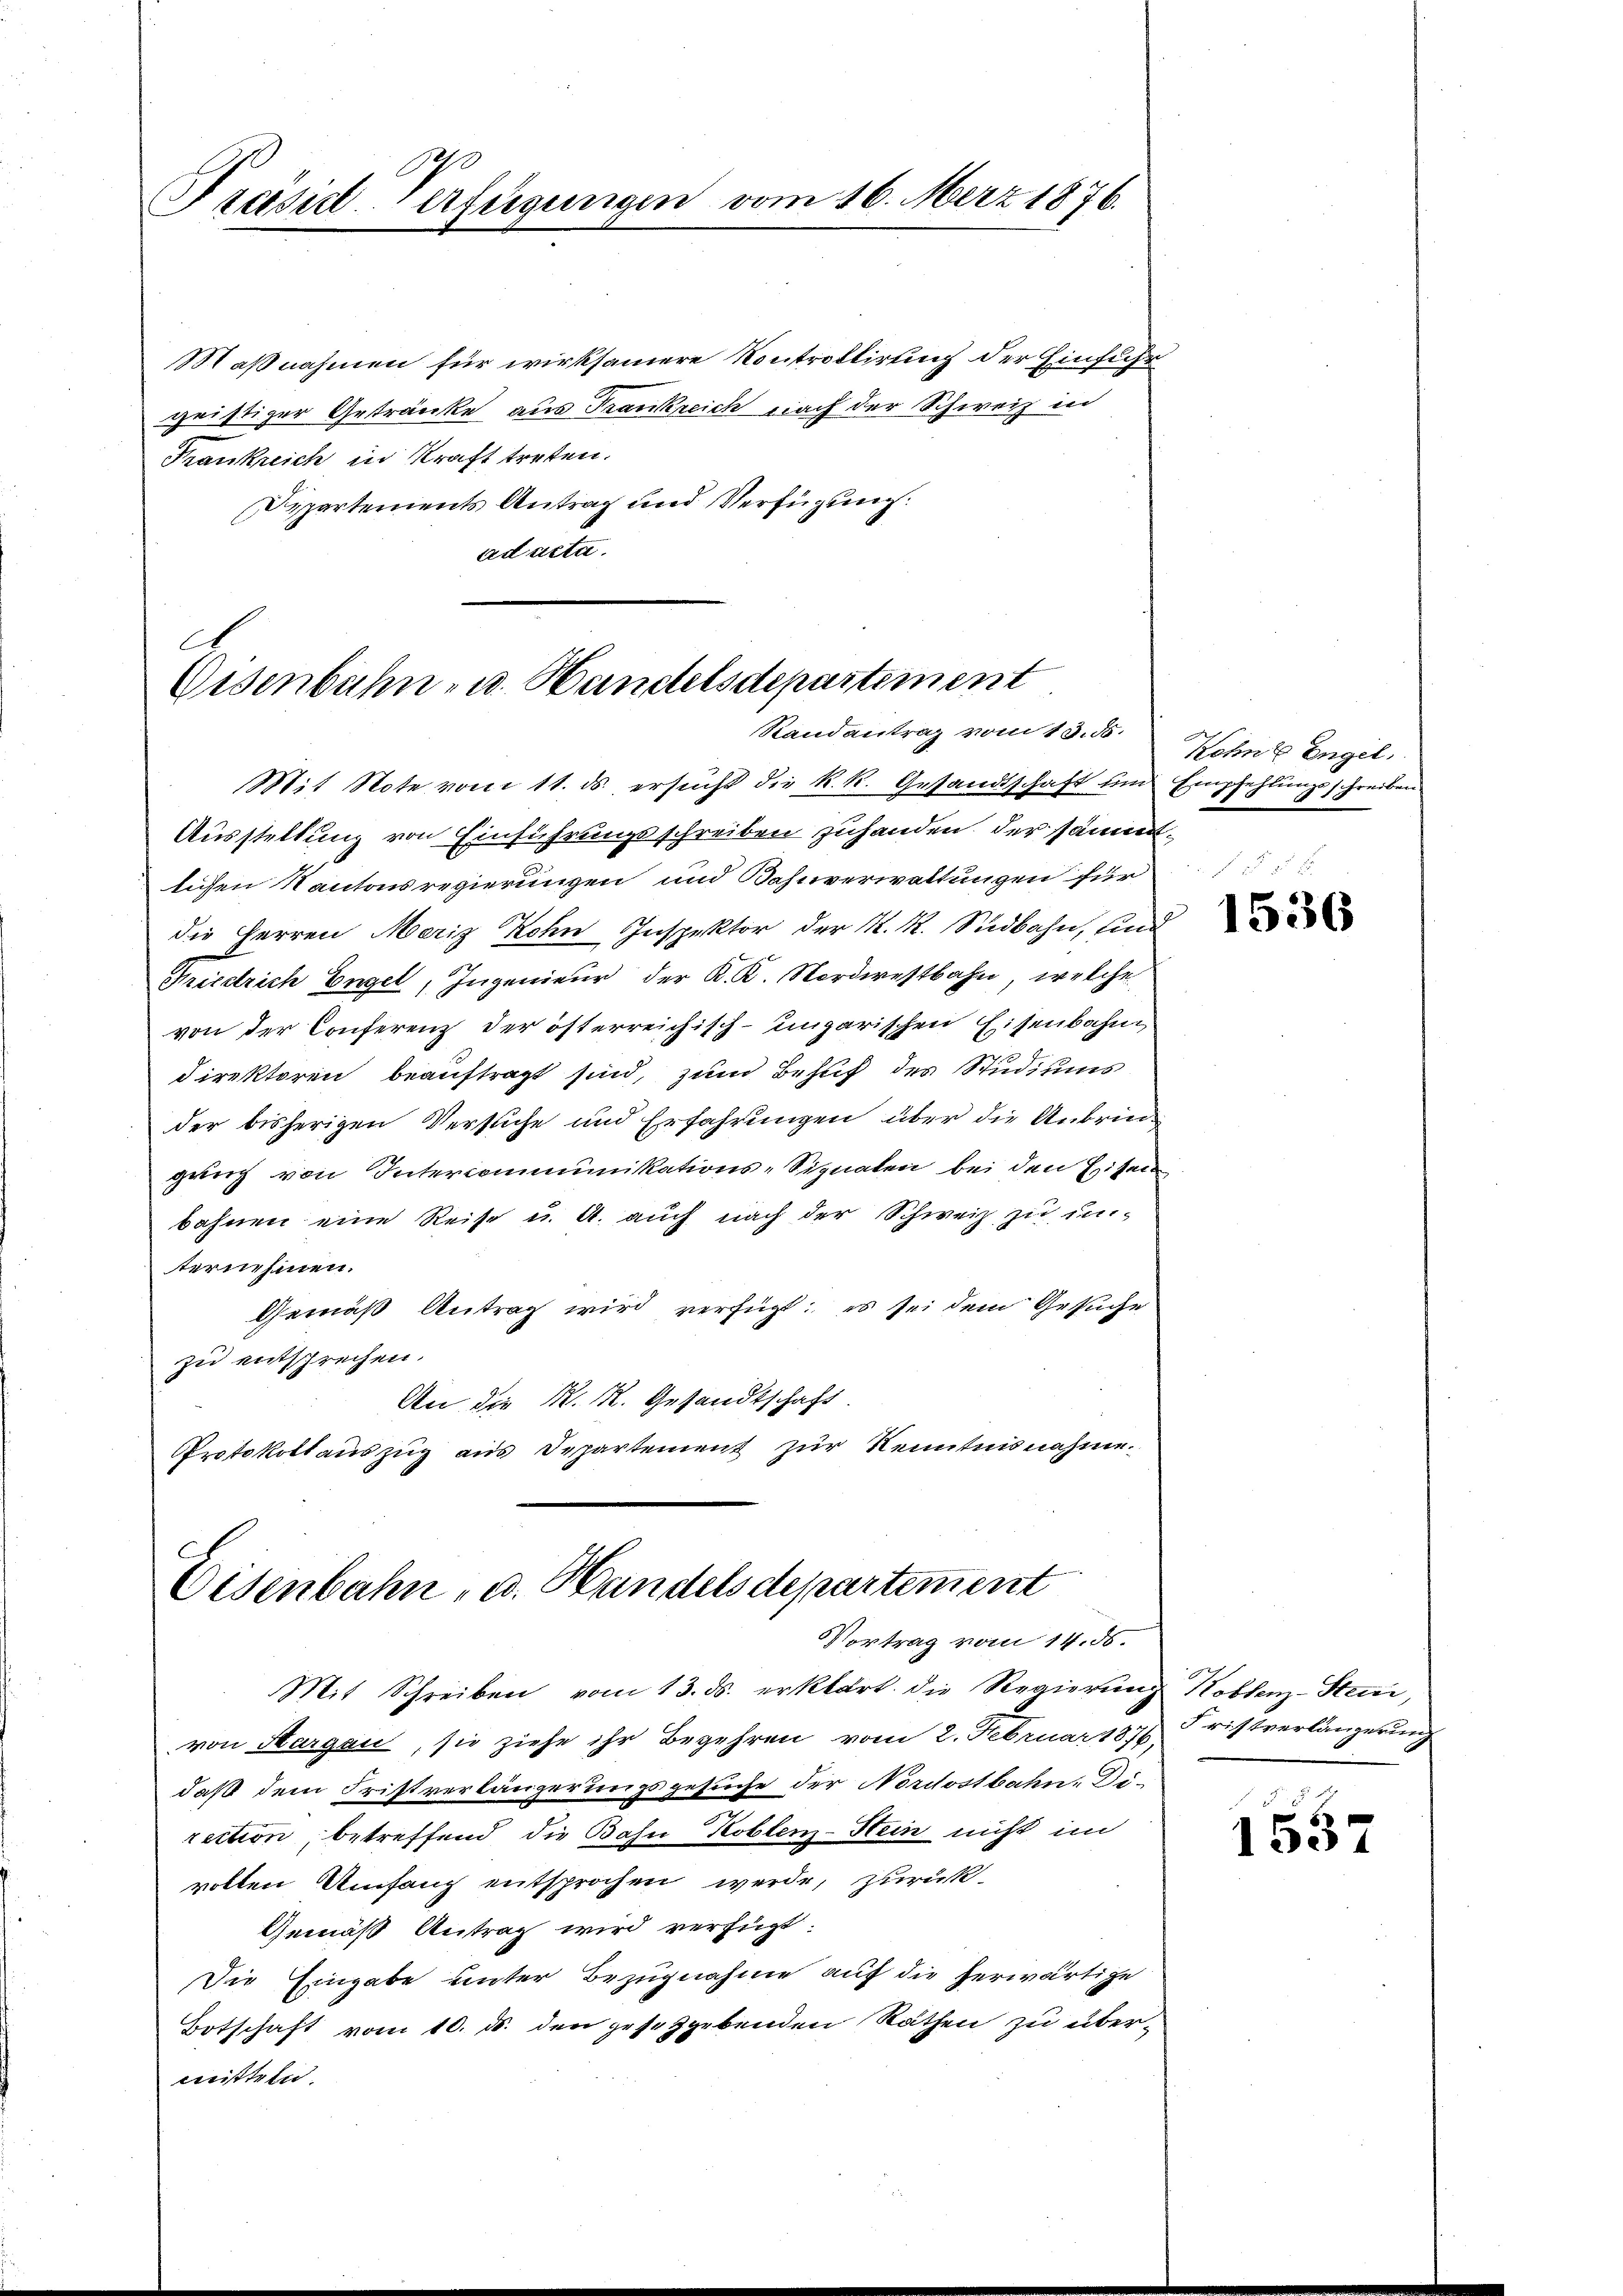
Präsid-Verfügungen vom 16. März 1876.

Maßnahmen für wirksamere Kontrollirung der Einfühgeistiger Getränke aus Trankreich nach der Schweiz in
Frankreich in Kraft treten.
Dipartements Antrag und Verfügung.
ad acta.

C
Eisenbahn- u. Handelsdepartement
Randantrag vom 13. ds.
Mit Note vom 11. ds. ersucht die k. k. Gestandtschaft und Empfehlungsschreiben

Ausstellung von Einführungsschreiben zuhanden, der sämmtlichen Kantonsregierungen und Bahnverwaltungen für
die Herren Meriz Kohn Inspektor der K. K. Südbahn, und
Priestrich Engel, Ingenieur der K. K. Nordwestbahn, welche
von der Conferenz der österreichisch-ungarischen Eisenbahndirektoren beauftragt sind, zum Behuf des Studiums
der bisherigen Versuche und Erfahrungen über die Anbrin
gung von Intercommunikations-Signaten bei den Eisen
bahnen eine Reise u. A. auch nach der Schweiz zu unternehmen.
Gemäß Antrag wird verfügt: es sei dem Gesuche
zu entsprechen.
An die K. R. Gesandtschaft
Protokoll auszug aus Departement zur Kenntnisnahme.

Eisenbahn, u. Handels departement
Vortrag vom 14. ds.

Mit Schreiben vom 13. ds. erklärt. die Regierŭng Koblenz-Steni,
von Margau, sie ziehe ihr Begehren vom 2. Februar 1876 Kristverlängerung
daß dem Fristverlängerungsgesuche der Nordostbahn-Direction, betreffend die Bahn Koblenz-Stein nicht im
volten Umfang entsprochen werde, zurück-
Gemäß Antrag wird verfügt:
Die Eingabe unter Bezugnahme auf die herwärtige
Botschaft vom 10. ds. den gesetzgebenden Räthen zu übermitteln

Kohnte Engel.

1536

g
1357